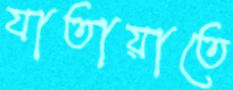
যাতায়াতে